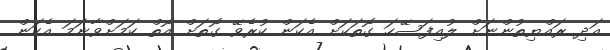
އަދި ރައްޔިތުންނަށް ލުއިފަސޭހަ ގޮތަކަށް އެކަން ކުރެވޭ ގޮތަށް އޮތް ކަމަށްވާނަމަ އެކަން